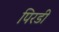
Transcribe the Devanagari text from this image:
पिरडी